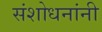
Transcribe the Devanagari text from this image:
संशोधनांनी